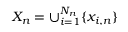
X _ { n } = \cup _ { i = 1 } ^ { N _ { n } } \{ x _ { i , n } \}